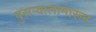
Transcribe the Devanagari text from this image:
दुसऱ्यालामारून